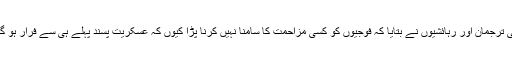
ایک فوجی ترجمان اور رہائشیوں نے بتایا کہ فوجیوں کو کسی مزاحمت کا سامنا نہیں کرنا پڑا کیوں کہ عسکریت پسند پہلے ہی سے فرار ہو گئے تھے۔